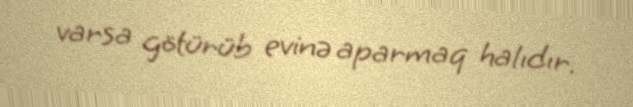
varsa götürüb evinə aparmaq halıdır.